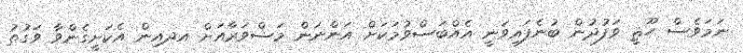
ނަމަވެސް ހޫޘީ ވަފުދުން ބުނެފައިވަނީ އެއްބަސްވުމަކަށް އަންނަން މަޝްވަރާއަށް އދއިން އެކަށީގެންވާ ވަގުތު